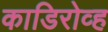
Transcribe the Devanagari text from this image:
काडिरोव्ह